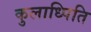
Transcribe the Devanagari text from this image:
कुलाध्पिति